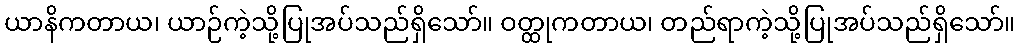
ယာနိကတာယ၊ ယာဉ်ကဲ့သို့ပြုအပ်သည်ရှိသော်။ ဝတ္ထုကတာယ၊ တည်ရာကဲ့သို့ပြုအပ်သည်ရှိသော်။